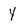
Character: Y